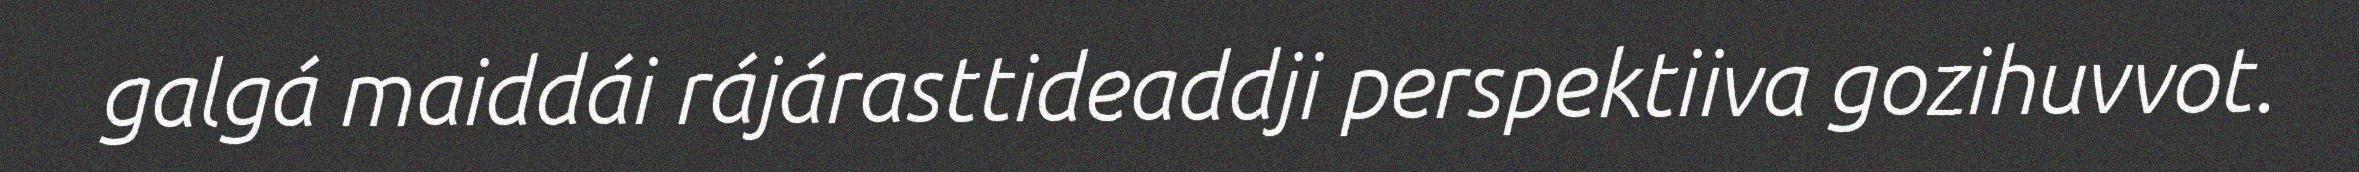
galgá maiddái rájárasttideaddji perspektiiva gozihuvvot.